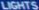
LIGHTS